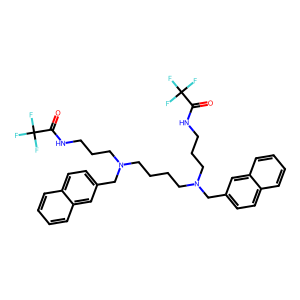
SMILES: O=C(NCCCN(CCCCN(CCCNC(=O)C(F)(F)F)Cc1ccc2ccccc2c1)Cc1ccc2ccccc2c1)C(F)(F)F
Inhibits HIV replication: No